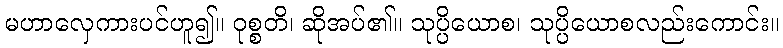
မဟာလှေကားပင်ဟူ၍။ ဝုစ္စတိ၊ ဆိုအပ်၏။ သုပ္ပိယောစ၊ သုပ္ပိယောစလည်းကောင်း။